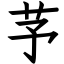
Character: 芧